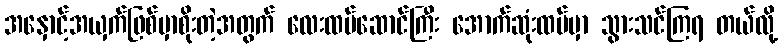
အနှောင့်အယှက်ဖြစ်မှာစိုးတဲ့အတွက် လေးထပ်ဆောင်ကြီး အောက်ဆုံးထပ်မှာ သွားသင်ကြရ တယ်လို့